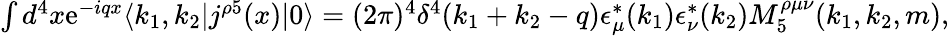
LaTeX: \begin{array}{r}{\int d^{4}x\mathrm{{e}}^{-iqx}\langle k_{1},k_{2}|j^{\rho 5}(x)|0\rangle=(2\pi)^{4}\delta^{4}(k_{1}+k_{2}-q)\epsilon_{\mu}^{\ast}(k_{1})\epsilon_{\nu}^{\ast}(k_{2})M_{5}^{\rho\mu\nu}(k_{1},k_{2},m),}\end{array}